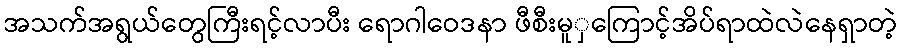
အသက်အရွယ်တွေကြီးရင့်လာပီး ရောဂါဝေဒနာ ဖီစီးမူှကြောင့်အိပ်ရာထဲလဲနေရှာတဲ့